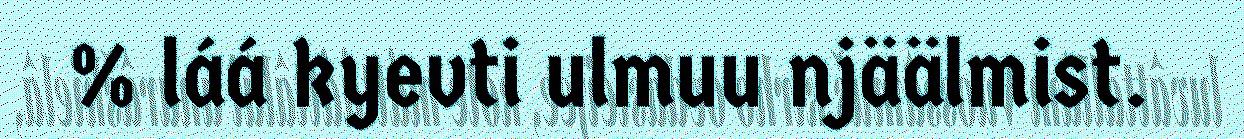
% láá kyevti ulmuu njäälmist.